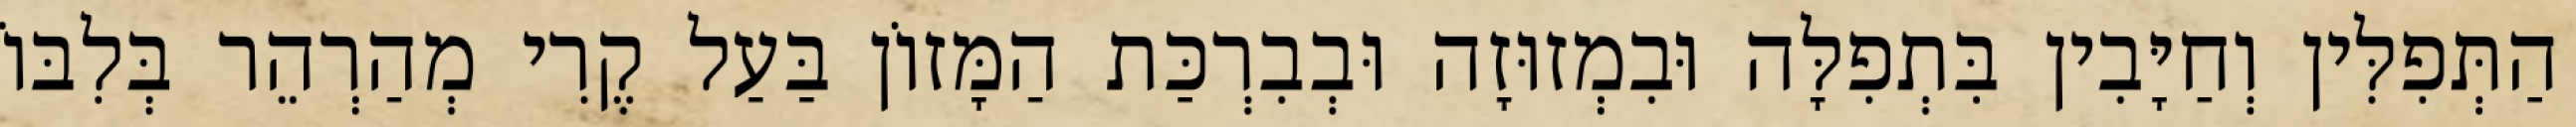
הַתְּפִלִּין וְחַיָּבִין בִּתְפִלָּה וּבִמְזוּזָה וּבְבִרְכַּת הַמָּזוֹן בַּעַל קֶרִי מְהַרְהֵר בְּלִבּוֹ